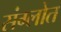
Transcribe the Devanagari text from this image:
संग्लोत